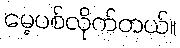
မေ့ပစ်လိုက်တယ်။